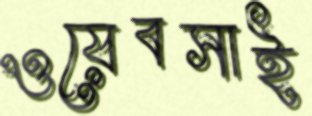
ওয়েবসাই